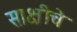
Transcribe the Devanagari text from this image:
साक्षीचे